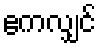
ဧကလျှင်